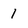
Character: 1